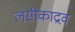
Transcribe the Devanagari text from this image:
लसीकाद्रव